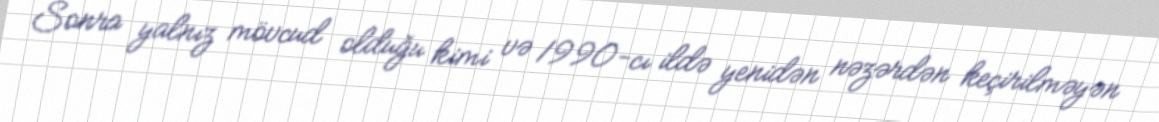
Sonra yalnız mövcud olduğu kimi və 1990-cı ildə yenidən nəzərdən keçirilməyən